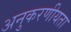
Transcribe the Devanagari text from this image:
अनुकरणीयता